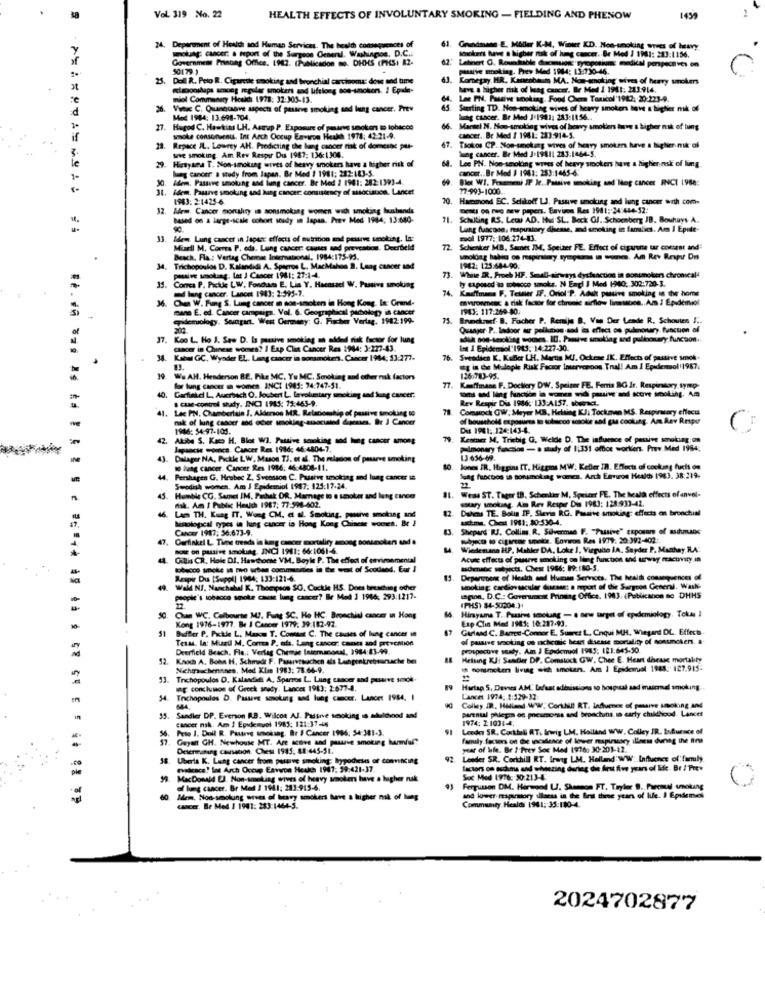
Vol. 319 No. 22
HEALTH EFFECTS OF INVOLUNTARY SMOKING - FIELDING AND PHENOW
1459
24. Department of Health sod Human Services. The health consequences of
nocancer: a report of the Surgeon General. Washington, D.C .:
Grundmann E. Moller K-M, Winter KD. Non-smoking wives of heavy
Government Frinong Office. 1983. (Publicadon so. DHHS (PKS: 82-
Sonokers hawet a higher risk of lung cancer. Br Mod / 19SI: 213:1156.
50179 1
Latinert G. Roundtable decuon: gyropotjune medical perspectives on
25.
Doll R. Pelo R. Cigarette smoking and bronchial carcinoma: dose and time
Komepay. HR. Kanenbaum MA. Non-smoking wives of heavy smokers
østsoonskapa among regular smokers and lifelong sos-smokers. / Epade-
have a higher risk of bag cancer. Br Med 1 1981: 283-914.
miol Commanery Hoskh 1978: 32:303-13.
Lee PN. Passive smoking. Food Onem Toxicol'1942: 20:223-9.
d
Vin C. Quangcasave aspects of passive smoking and lung cancer. Prev
Starting TD. Non-smoking wives of heavy smoker have a bighier nik of
Med 1984: 13.698-704.
bug cancer. Br Med J:1981: 283:1156.
27. Hugod C. Hawkins LH. Astrap P. Exposure of pasarve smokers to tobacco
66
Marmel N. Non-smoking wives of berry smokers lave a higher nak of bums
if
smoke consonsenis. Int Arca Occup Environ Hetkh 1978: 42-21-9.
cancer. Be Med / 1961: 283:914-5.
Repace IL. Lowrey AH. Predicting the lung cancer nak of domesne pas-
wwe smoking. Am Rev Respir Dus 1987: 136:1304.
Tiokos CP. Ston-smokang wives of heavy smoker have a biglier nik of
Wag cancer. Br Med J.19811 233:1464-5.
le
Hirtysea T. Non-smoking wives of heavy smokers have a higher risk of
lung cancer a study from Japan. Br Med / 1981: 282:183-5.
6. Lee PN. Non-smoking waves of heavy smokers have a higher nsk of ling.
cancer. Br Mod 1 1981: 283:1465-4
1-
30. Adem. Passve smoking and lung cancer. Br Mod 2 1941: 282:1393-4.
8let WI. Fraumeni IP Je. Passive smoking and Mop cancer INCI 1988:
31. Idem. Pasarve smoking and hang cancer: consistency of association. Lancet
77-993-1000.
1983: 2:1425-6
70.
Hammond BC. Selikodf LJ. Pasuve smoking and lung cancer with com-
32.
32. Adem. Cancer mortality in sonsmoking women with smoking bushands
Desti on rec new pepers. Environ Res 1981: 24:444-52:
based on a large-scale cohort soudy in Japan. Prev Med 1984: 13:680-
71. Schilling RS. Lewa AD. Hud SL. Beck GJ. Schoenberg JB. Bouhuys A.
71.
Lung funcosa, respiratory dhesse, md smoking in families. Am I Epile-
13.
Idem Lung cancer in Japerc effects of nutrition and pearve smoking, La:
mol 1977 :: 106:274-43.
Musell M. Coma P. oda. Lung cancer: cases and prevention. Decibeld
72
Schenker MB, Samet IM, Speiner PE. Effect of cigarune tar comtest and
Beach, Fla .: Vertag Chemnas International, 1984:175-91.
unokdag hallo oo respirsimy symptoms in women. Am Rey Respu Dm
Trichopoulos D. Kalandidi A. Sperros L. MacMahon D. Lang cancer and
1962: 125:684.90:
passive smoking. Lat J Cancer 1941: 27:1-4.
73.
ly capssed to tobacco smoke. N Engl J Med HO: 302:720-3.
While RR. Froch HF. Sendli-airways dysfunction in sonumoken chronical4
35.
Comes P. Pickle LW, Foncham E. Lis Y. Hacasael W. Passive smoking
ud lung cancer. Lancet 1943: 2:595-7.
74. Kauffmana F. Testler IF, Oriol"P. Adult passive smoking in the home
Chen W. Fug S. Lung cancer in non-smoten in Hong Kong, In: Grand-
avronmesc & risk factor for chronic airflow linesbee .. Am I Epidemiol
mano E. ed. Cancer campaign. Vol. 6. Geographical pachology in cancer
1943: 117-269-80.
epidemiology. Soungan. West Germany: G. Fischer Verlag, 1982:199-
73.
Ennekzesf. B. Facher P. Remije B. Van Der Lende R. Schouten I ..
202.
Quanger P. Indoor air pollution and its effect os pulmonury function of
37.
Koo L. Ho J. Saw D. Is passive smoking an added risk factor for lung
adik sos-secling somes. ID. Passive smoking and pulionary function ..
cancer in Chinese womes? I Exp Clas Cancer Res 1944: 3:227-43.
Ist I Epidemiol'1913: 14:227-30.
Kabul GC, Wyader EL. Lung cancer in somsmoke. Cancer 1944; 11:277.
76.
Sveadien K. Kufler UH. Martis MJ. Ockene IK. Effects of passive smek.
og is de Mulople Risk Factor Intervennos Tral! Am I Epadlemsol'1987.
19. We AH. Henderson BE, Pike MC, Yu MC, Smoking and other nak factors
1260783-95.
har lung Cancer I womes. INCI 1985: 74-747-51.
77
Kaffmane F. Doctiery DW. Speiner FE. Feria BG Ir, Respiratory Symp-
40.
40. Garfield L, Auerbach O. Joubert L. lavoluntary smoking and lung cancer.
s case-control shaty. INCI 1945: 75:463-9.
Rev Respir Dis 1986: 133:A157. sbeenet.
41. Lac PN. Chamberlain !. Aldersoo MR. Relationship of passive smoking 19
Comupck OW; Meyer MB, Helsing KJ; Tockmen MS, Respiratory effects
nak of lung cancer and oder smoking-ausociaind dipases. Br J Cancer
of household exposures to tolocod scolle and gas cooking. Am Aav Respur
Dit 1961: 124:143-4.
42.
42. Akibe S. Kaco H. Blot WI. Fattive senoking sod lung cancer among
Lentes M. Triebig G, Welde D. The influence of passive smoking: on
Jepancis women. Cancer Res 1986: 46:4804-7.
pulmonary function - a study of 1:331 oftlos workien. Prov.Med 1984;
43. Dulager NA, Pickle LW, Mason TJ. et al. The mission of paure smoking
1.3 656-49.
10 lung cancer. Cancer Res 1986: 46:4808-11.
10
Jones IR, Higgins IT, Higgms MW. Keller IR. Effects of cooking fuchs on
Pershagen G. Hrobec Z. Svensson C. Passive smoking and lung cancer in
Jeg fuocoos sn sonsmoking women. Arch Environ Healths 1983. 38:219.
Swodish women. Am J Epidemiol 1987; 125:17-24.
45.
nak. Am I Public Heuich 1987; 77-994-602.
Humble CG. Samet IM. Pashak DR. Marage to e sanokuer and lung cancer
Weald ST. Tager IB. Schenkim M, Spuizer FE. The health effects of envel-
stary smoking. Am Rev Resper Dis 1983: 128:933-42.
Dalens TE. Bolin IF, Stevia RG. Passive smoking: effects on bronchial
46. Lam TH. Kung IT. Wong CM. et al. Smoking, pasive smoking and
MRological types in lung cancer in Hong Kong Chinche woeres. Br !
ucme. Chest 1981; 80:530-4.
Cancer 1917: 56.673-9.
Sheperd RJ. Collins R. Sovermad F. "Passive" exposom of asdans
Garfinkel L. Tiene treads in bag cancer mortaliry among sonumoken and a
Méjico wo'cigarege smets. Environ Res 1979: 20: 392-402:
sole o pusive smoking. INCI 1981: 66:1061-6.
Wiedemann HP. Mahler DA, Loke 1, Virgulto IA, Sayder P. Machay,RA'
4
Cillis CR. Hole DI. Hawthorne VM. Boyle P. The effect of environmental
Acute effects of pasurre smoking on ling function and urway racuvity in
ies in the west of Scotland, Eur I
madenabc subjects. Chest 1986: 99:180-5.
Respir Du [Suppl) 1944: 133:121-6.
Deparoent of Health and Human Services. The health consequences of
Wall Nf. Nanchahal K. Thompson SO. Cuckle HS. Does breaching other
smoking cardiovascular disease: a mpext of the Surgeon General, Wash-
-- -- la cancer? & Med 1 1946: 293:1217-
apon, D.C .: Government Printing Office. 1983. (Pebikanon se DHHS
22.
(PHS) $4-50204.31
Chan WC. Celbourse MI, Fung SC. Ho HC, Bronchial cancer in Hong
Kong 1976-1977. Be # Cancer 1979. 39:182-92.
Himyama T. Passies smoking - a new target of epidemiology. Tokai I
Esp Clin Med 1981: 10:287-93.
51
Garland C. Barrett-Connor E. Suures L, Cnqui MH, Wiegard DL. Effects.
BadBer P. Pickle L. Manon T. Comass C. The causes of lung cancer in
Tessa, la: Musul M. Coma P. ada. Lung cancer: cancs and prevention
of passive smoking os chemic heart disease mortality of nonunckers. a
Deerfield Beach, Fla .: Verlag Chemie Incemanosal, 1984:83-99.
prospective staly. Ain J Epidenuol 1945: 181:645-30.
52.
Kovoch A. Bohn H. Schmidt F. Pasarersuchen als Lungenkrebsunache be
Helsing KJ: Samler DP. Comstock GW, Chee E. Heart disease mortality
Nichtsuchenones, Med Klis 1983: 78:64-9.
commeten living with smoken. Am I Epidevuol 1988: 127.915:
Tnichopoulos D. Kalanddi A, Sparros L. Lung cancer and pusurve sock.
a conclunon of Greek snady. Lancer 1983: 2:677-8.
19
Hartap S, Deves AM. Lafaat adinissions to hospital and material smoking.
Trichopoulos D. Passare smoking and lung cancer. Lancer 1984. I
Lancet 1974; 1:529-32
Colley IR. Hisland WW. Corkbill! RT. influence of pasarve smoking And
parental phlegm os prescorsa and bronchuns in early childhood. Lancet
Sandler DP. Everson R.B. Wilcon AJ. Pastrve smoking o alulood and
cancer nsk. Am J Epidemvol 1985: 121:37-6
1974: 2:103144.
Peto J. Doll R. Pautres smoking. Br J Cancer 1996: 54:381-3.
Leder SR. Coxkhli RT. Inwig LM. Halland WWW. Colley IR. Influence of
Gayalt GH. Newhouse MT. Are active and parve smoking harmful"
family factos on the callence of lower mapirory illness dunng the Bins
Determining causation. Chest 1985. 88:445-51.
year of life. Br 2'Prey Soc Med (97do 30-201-22.
58. Uberta K. Lung cancer from parave smoking; hypodieses of committing
92
Lender SR. Corchill RT. Irang LM. Helland: WW: Influence of: family
evadiraca! lat Arch Occup Esvon Heuch 1987, 39:421-37.
factors on suchms and whoszing during dit first five years of life. Br / Prew
99. MacDonald EJ. Non-smelting wives of heavy smokers have a higher nak
Soc Med 1976: 30:213-4
of lung cancer. Br Med / 1961: 283:915-6.
Fergusson DM. Herwood U. Shemson FT. Taylor 9. Parental smoking
60 Mem, Non-smokung arves of heavy smokers have a higher nak of Ing
Community Healds 1981: 35:130-4.
and lower raparmiory sllseus in the Bral these years of life. I Epidemics
cancer. Br Med / 1901: 283:1464-5.
2024702877